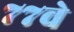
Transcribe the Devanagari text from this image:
७७वे